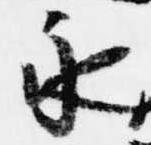
永